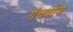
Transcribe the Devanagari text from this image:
गंधर्वाज